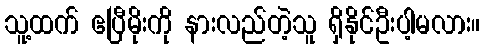
သူ့ထက် ဧပြီမိုးကို နားလည်တဲ့သူ ရှိနိုင်ဦးပါ့မလား။